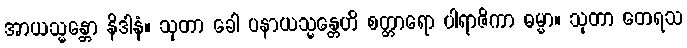
အာယသ္မန္တော နိဒါနံ။ သုတာ ခေါ ပနာယသ္မန္တေဟိ စတ္တာရော ပါရာဇိကာ ဓမ္မာ။ သုတာ တေရသ